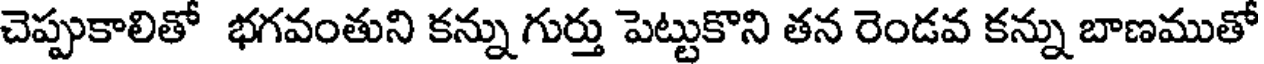
చెప్పుకాలితో భగవంతుని కన్ను గుర్తు పెట్టుకొని తన రెండవ కన్ను బాణముతో